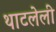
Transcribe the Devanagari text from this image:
थाटलेली